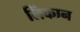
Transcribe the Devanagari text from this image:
लिंकान